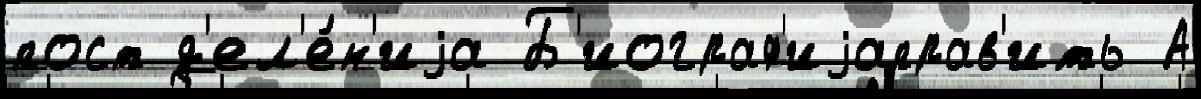
пост д'ел'е́н'иjа Б'иограф'иjаправ'ить А